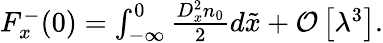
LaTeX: \begin{array}{r}{F_{x}^{-}(0)=\int_{-\infty}^{0}\frac{D_{x}^{2}n_{0}}{2}d\tilde{x}+\mathcal{O}\left[\lambda^{3}\right].}\end{array}